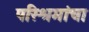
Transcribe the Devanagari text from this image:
परिश्रमांचा